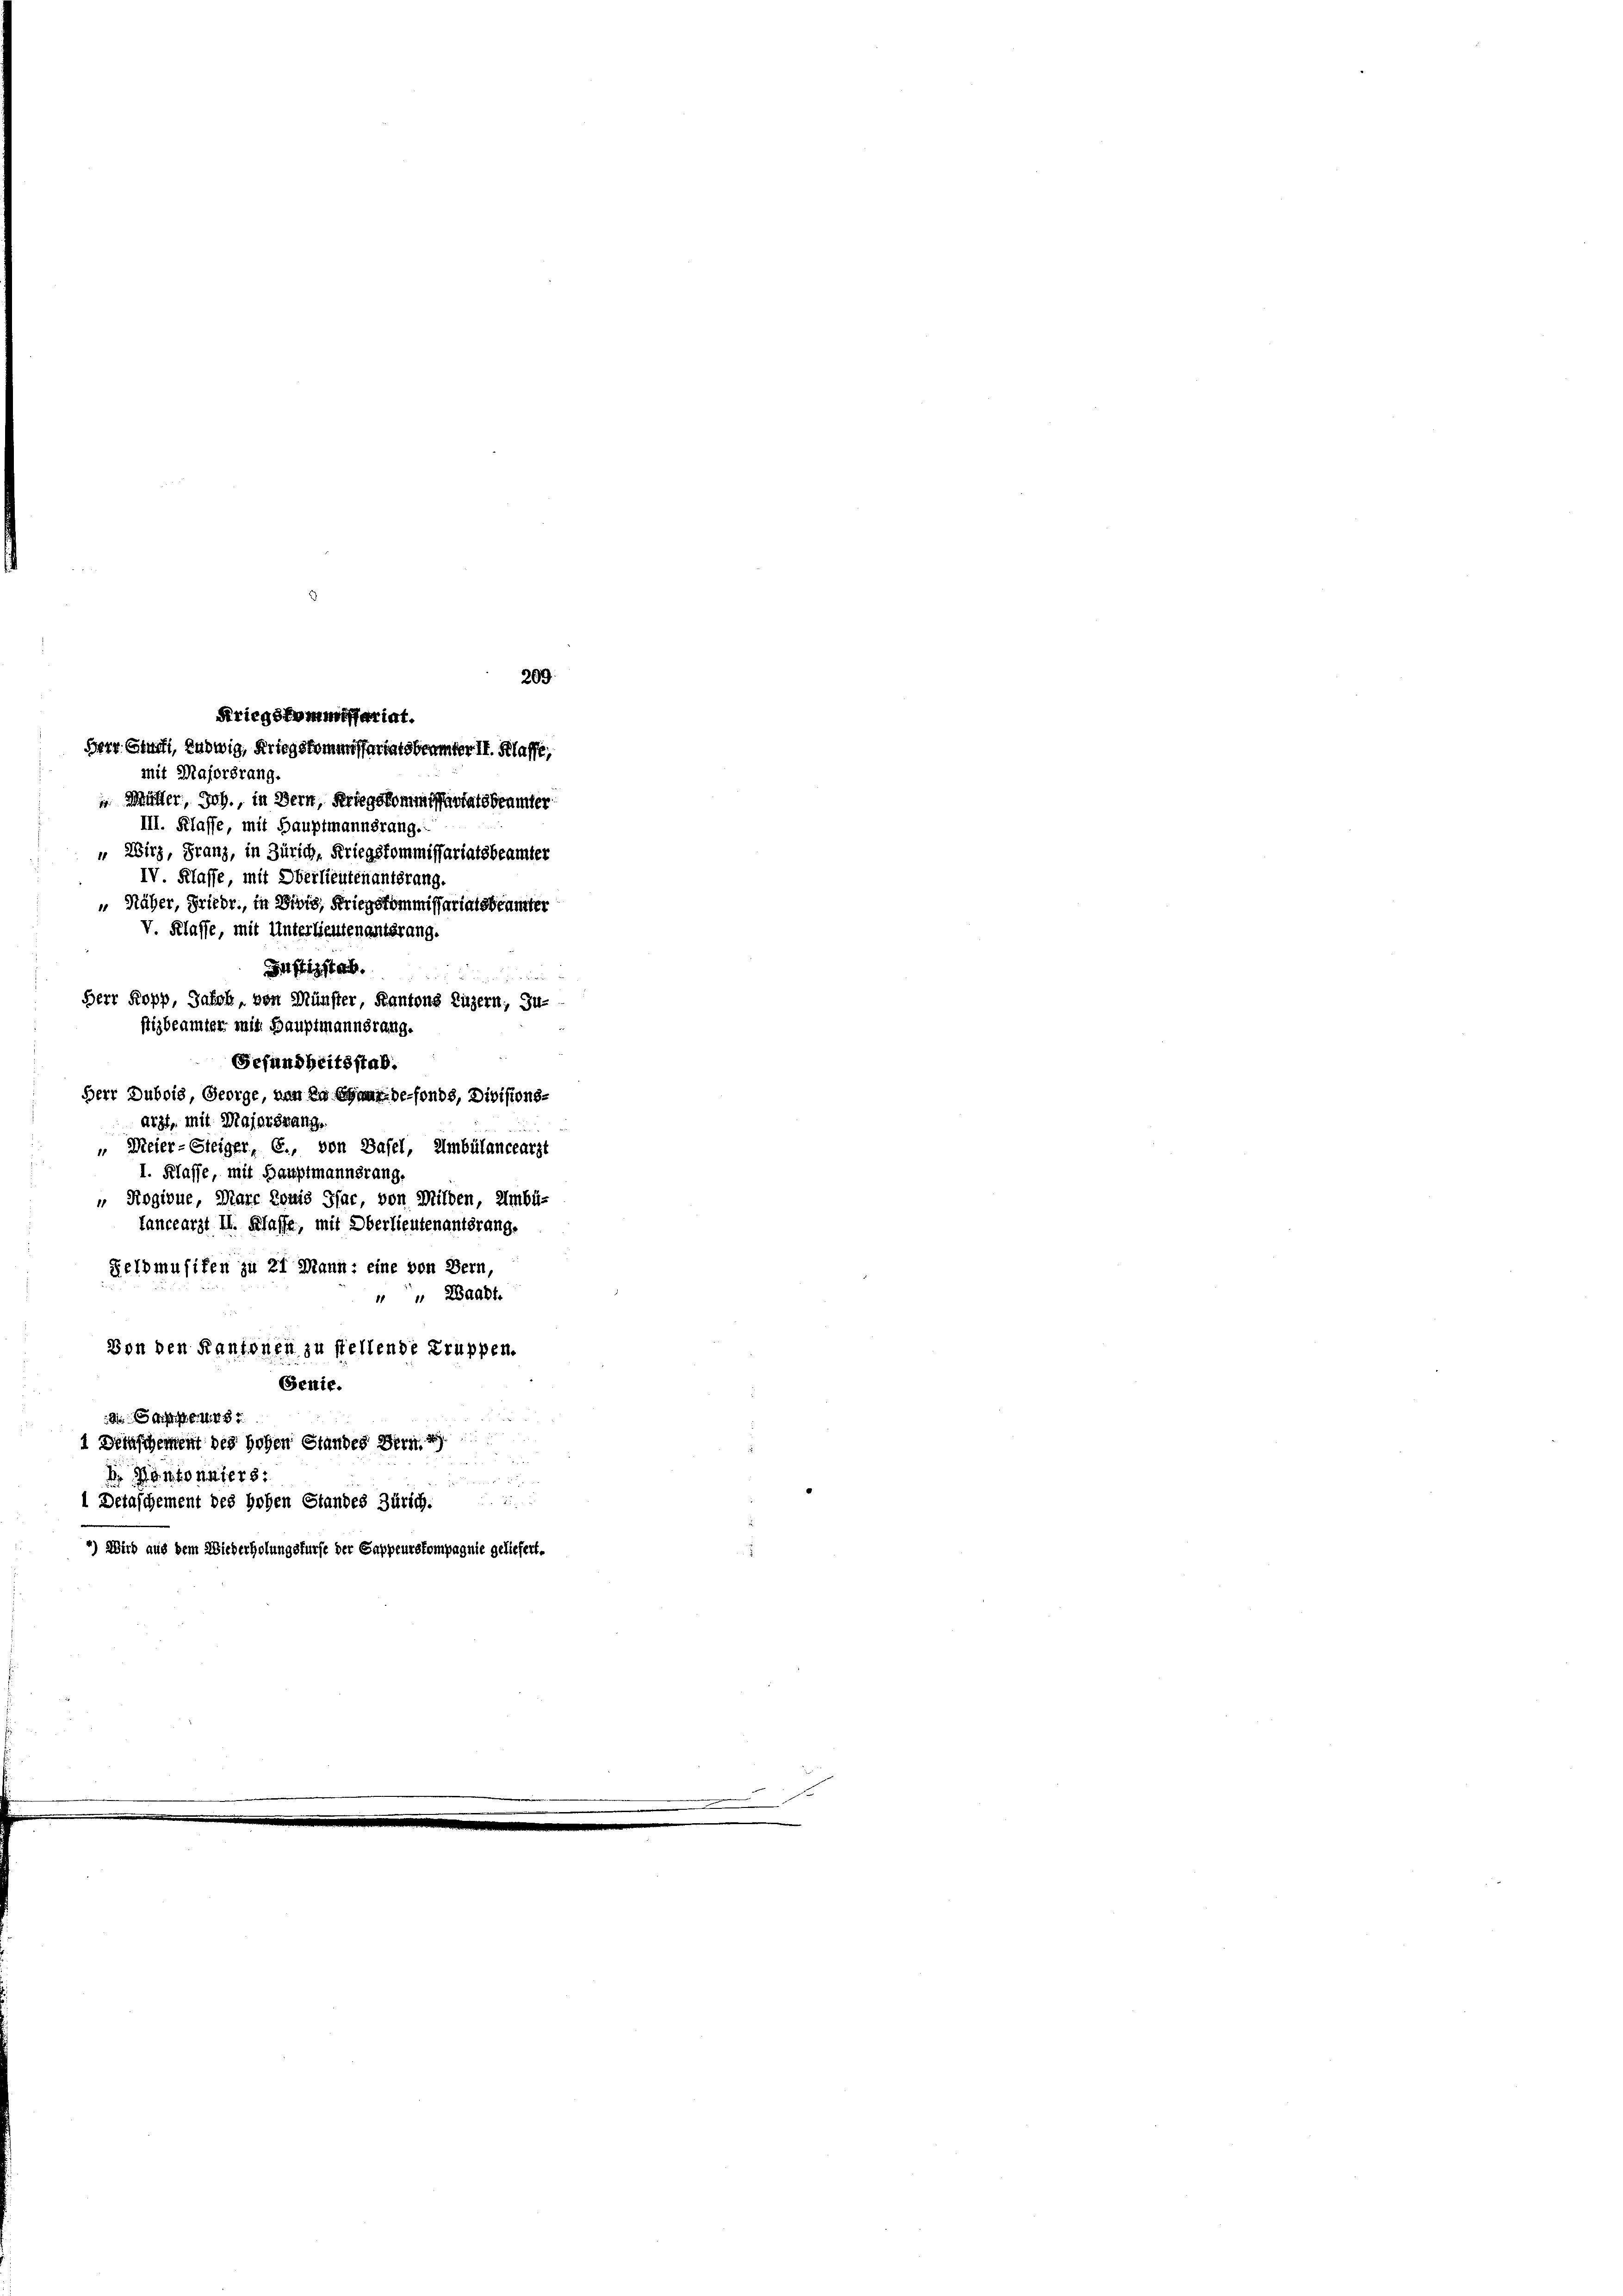
Kriegskommissariat.

Meier-Steiger, E., von Basel, Ambülanceärzt
I. Klasse, mit Hauptmannsrang.
" Rogivue, Marc Louis Ifac, von Milden, Umbü-
tancearzt II. Klasse, mit Oberlieutenantsrang.
Feldmusifen zu 21 Mann: eine von Bern,
 " Waadt.
Von den Kantonen zu stellende Truppen.
Genie.
i C. Mit
1 Deinschentent des hohen Standes Hrn.

Pontonalers:
 2
*) Wird aus dem Wiederholungsfürfe der Sappeurskompagnie geliefert.

mit Majorsrang.
 Mutter, Joh., in Bern, Kriegskommissariatsbeamter
III. Klasse, mit Hauptmannsrang.
" Wirz, Franz, in Zürich, Kriegskommissariatsbeamter
IV Klasse, mit Oberlieutenantsrang.
" Näher, Friedr., in Divis, Kriegskommissariatsbeamter
V. Klasse, mit Unterlieutenantsrang.
Ditt ist a
Herr Kopp, Jahrh, von Münster, Kantons Luzern, Ju-
stizbeamter mit Hauptmannsrang.
Gefundheitsstab.
Herr Dubois, George, von in Chaux-de-Fonds, Divisions-
atzt, mit Majersrang.

Herr Gruft, Ludwig, Kriegskommissertatsbeamter II. Klaffe,

1 Detaschement des hohen Standes Zürich.

209.